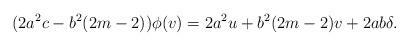
LaTeX: \begin{align*}(2a^2c-b^2(2m-2))\phi(v)=2a^2u+b^2(2m-2)v+2ab\delta.\end{align*}